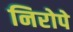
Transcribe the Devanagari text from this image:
निरोपे